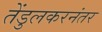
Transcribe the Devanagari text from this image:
तेंडुलकरनंतर